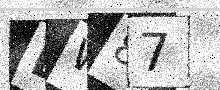
Text: DW87